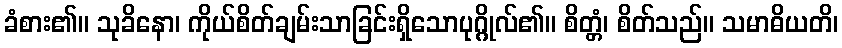
ခံစား၏။ သုခိနော၊ ကိုယ်စိတ်ချမ်းသာခြင်းရှိသောပုဂ္ဂိုလ်၏။ စိတ္တံ၊ စိတ်သည်။ သမာဓိယတိ၊